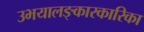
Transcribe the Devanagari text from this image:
उभयालङ्कारकारिका